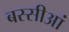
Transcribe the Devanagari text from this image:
बस्सीआं